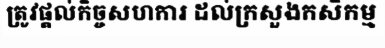
ត្រូវផ្តល់កិច្ចសហការ ដល់ក្រសួងកសិកម្ម